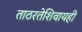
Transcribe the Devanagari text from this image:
ताठरतेशिवायही